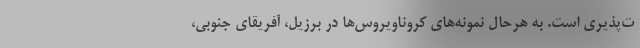
ت‌پذیری است. به هرحال نمونه‌های کروناویروس‌ها در برزیل، آفریقای جنوبی،